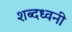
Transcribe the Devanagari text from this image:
शब्दध्वनी